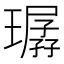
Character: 㻵